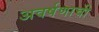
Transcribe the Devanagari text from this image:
अवर्षणाची